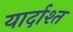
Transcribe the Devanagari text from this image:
यार्दाश्त